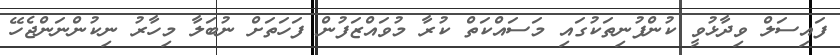
ފައިސަލް ވިދާޅުވީ ކުންފުނިތަކުގައި މަސައްކަތް ކުރާ މުވައްޒަފުން ފަހަތަށް ނުބަލާ މިހާރު ނިކުންނަންޖެހޭ